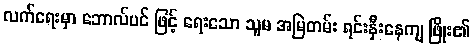
လက်ရေးမှာ ဘောလ်ပင် ဖြင့် ရေးသော သူမ အမြဲတမ်း ရင်းနှီးနေကျ ဖြိုး၏